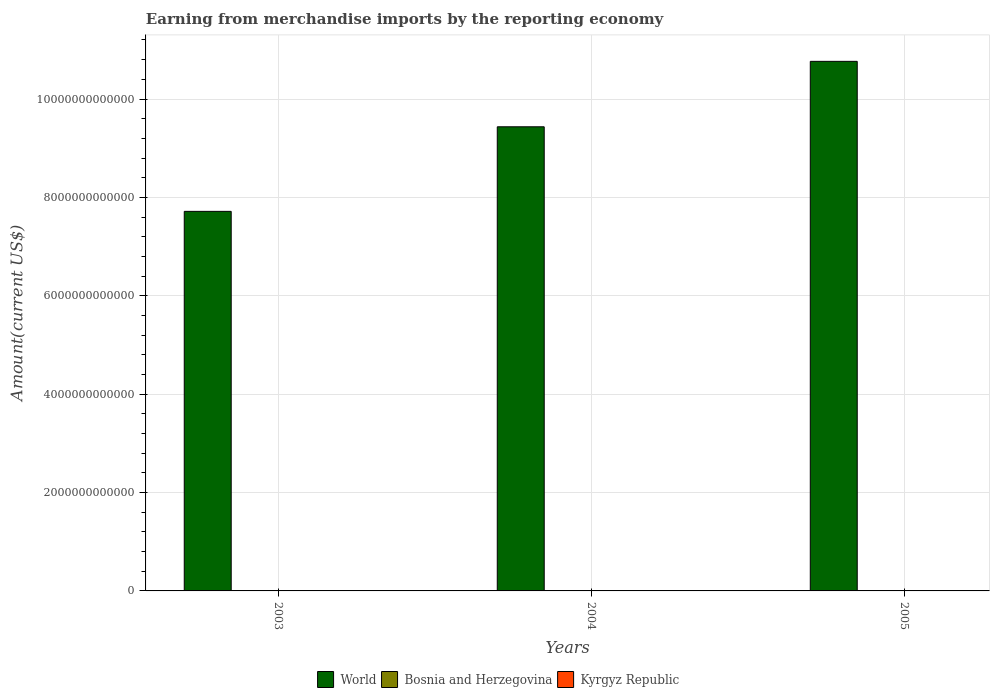
| Years | World | Bosnia and Herzegovina | Kyrgyz Republic |
 | --- | --- | --- | --- |
 | 2003 | 7.72e+12 | 4e+09 | 7.17e+08 |
 | 2004 | 9.44e+12 | 4.92e+09 | 9.41e+08 |
 | 2005 | 1.08e+13 | 5.75e+09 | 1.11e+09 |